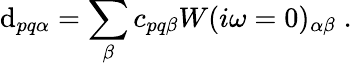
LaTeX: \mathrm{d}_{pq\alpha}=\sum_{\beta}c_{pq\beta}W(i\omega=0)_{\alpha\beta}\; .